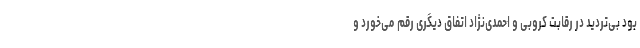
بود بی‌تردید در رقابت کروبی و احمدی‌نژاد اتفاق دیگری رقم می‌خورد و